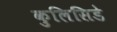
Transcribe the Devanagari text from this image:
कुलिसिडे